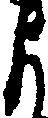
よ